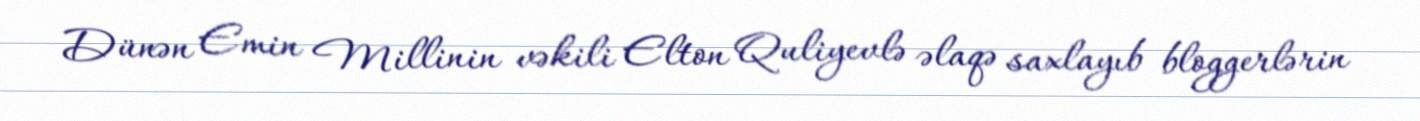
Dünən Emin Millinin vəkili Elton Quliyevlə əlaqə saxlayıb bloggerlərin